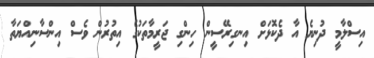
އިސްލާމީ ދުނިޔެ އާ ދެކޮޅަށް އިނގިރޭސީން ހިންގި ޖަރީމާތަކުގެ އިތުރުން ވެސް އިންސާނިއްޔަތާ